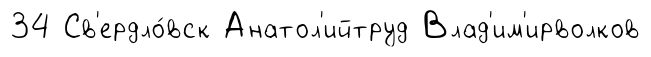
34 Св'ердло́вск Анатол'ийтруд Влад'им'ирволков